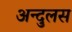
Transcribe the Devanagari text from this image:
अन्दुलस